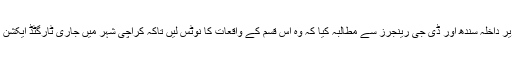
شعبہ اطلاعات کے ترجمان نے وزیر اعلیٰ سندھ ، وزیر داخلہ سندھ اور ڈی جی رینجرز سے مطالبہ کیا کہ وہ اس قسم کے واقعات کا نوٹس لیں تاکہ کراچی شہر میں جاری ٹارگٹڈ ایکشن کے حوالے سے خدشات اور شکایات کا ازالہ ہوسکے۔